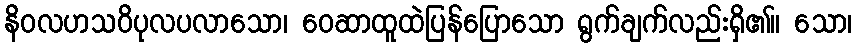
နိဝလဟသဝိပုလပလာသော၊ ဝေဆာထူထဲပြန်ပြောသော ရွက်ချက်လည်းရှိ၏။ သော၊